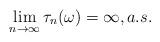
LaTeX: \begin{align*}\lim_{n\to\infty}\tau_n(\omega)=\infty,a.s.\end{align*}